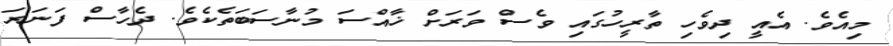
މިއެވެ. އެއީ ދިވެހި ތާރީހުގައި ވެސް ވަރަށް ޚާއްސަ މުނާސަބަތެކެވެ. ދެހާސް ފަނަރަ